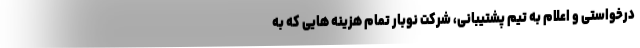
درخواستی و اعلام به تیم پشتیبانی، شرکت نوبار تمام هزینه هایی که به